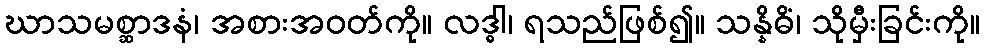
ဃာသမစ္ဆာဒနံ၊ အစားအဝတ်ကို။ လဒ္ဓါ၊ ရသည်ဖြစ်၍။ သန္နိဓိံ၊ သိုမှီးခြင်းကို။